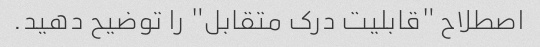
اصطلاح "قابلیت درک متقابل" را توضیح دهید.